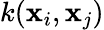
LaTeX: k(\textbf{x}_{i},\textbf{x}_{j})